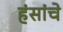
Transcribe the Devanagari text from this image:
हंसांचे